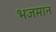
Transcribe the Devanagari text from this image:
भजमान